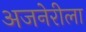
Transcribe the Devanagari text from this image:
अजनेरीला